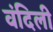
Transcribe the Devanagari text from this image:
वंदिली